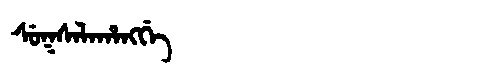
Manchu: ᠰᡠᡴᠰᠠᠯᠠᡥᠠᠩᡤᡝ
Romanization: SUKSALAHANGGE